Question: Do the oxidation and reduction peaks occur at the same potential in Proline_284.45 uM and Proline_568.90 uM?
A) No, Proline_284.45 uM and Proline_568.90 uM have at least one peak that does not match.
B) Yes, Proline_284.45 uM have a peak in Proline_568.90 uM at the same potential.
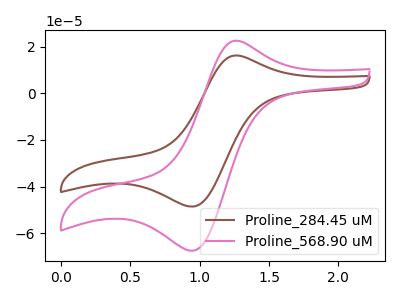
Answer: <think>The brown curve "Proline_284.45 uM" has an anodic peak at (1.30V, 16.15uA) and a cathodic peak at (0.95V, -48.55uA). The pink curve "Proline_568.90 uM" has an anodic peak at (1.30V, 22.40uA) and a cathodic peak at (0.95V, -67.45uA).</think>
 <answer>B) Yes, "Proline_284.45 uM" have a peak in "Proline_568.90 uM" at the same potential.</answer>
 <eval>B</eval>